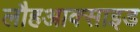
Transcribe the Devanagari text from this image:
लौहआक्साइड